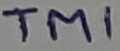
Text: TM1